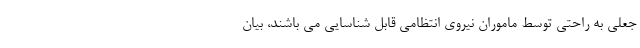
جعلی به راحتی توسط ماموران نیروی انتظامی قابل شناسایی می باشند، بیان